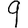
Digit: 9